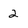
Character: 2